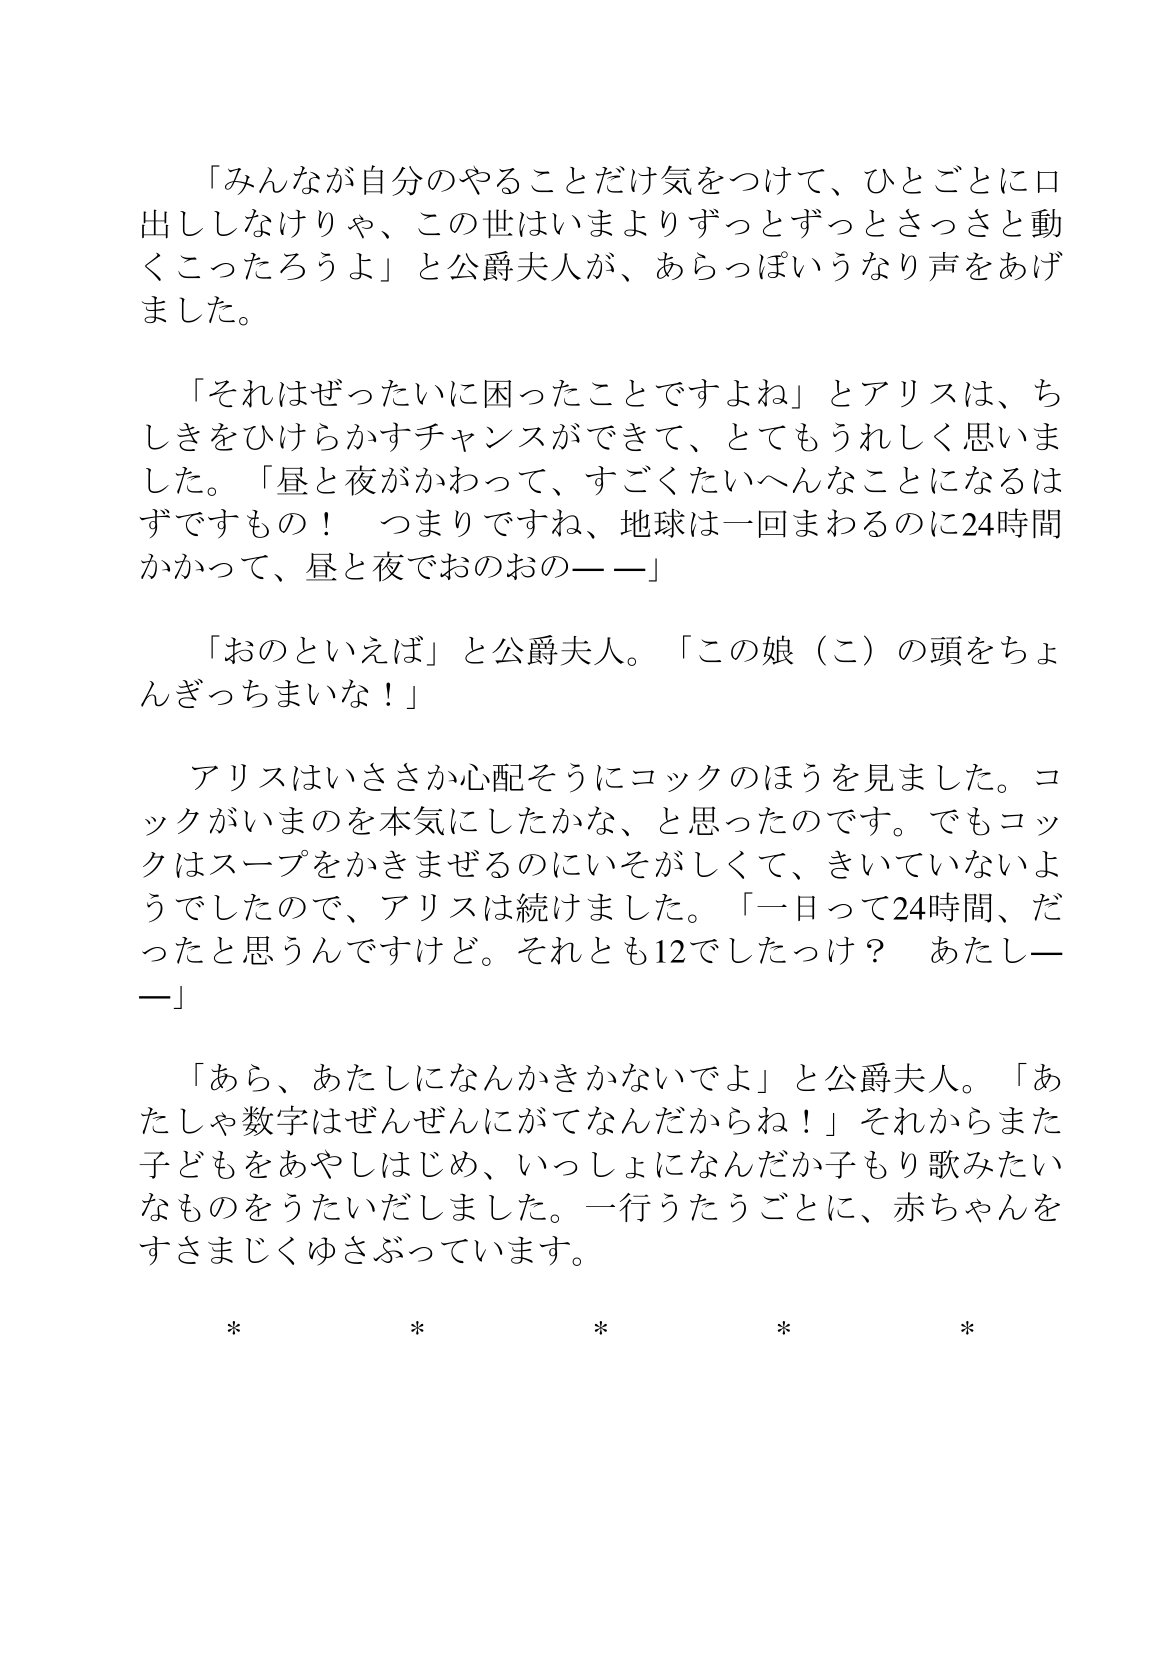
Language: ja